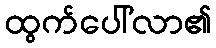
ထွက်ပေါ်လာ၏